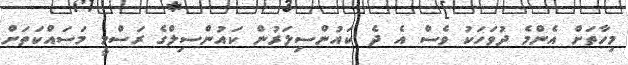
މިހާތަށް އެންމެ ދުވަހަކު ވެސް އެ ދެ ކައުންސިލަރުން ކައުންސިލްގެ ރަސްމީ މަސައްކަތަށް